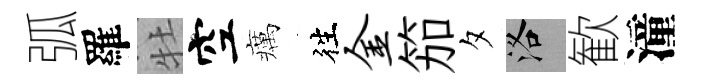
弧羅牡空癘徃金笳夕洛歓潼